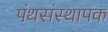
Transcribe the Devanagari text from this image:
पंथसंस्थापक